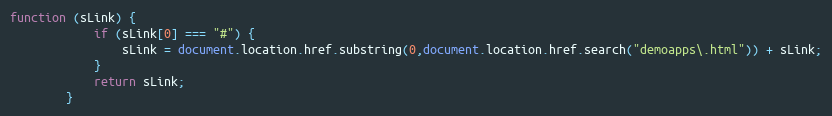
Language: JavaScript
function (sLink) {
			if (sLink[0] === "#") {
				sLink = document.location.href.substring(0,document.location.href.search("demoapps\.html")) + sLink;
			}
			return sLink;
		}